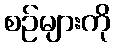
စဉ်များကို